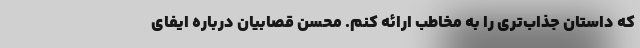
که داستان جذاب‌تری را به مخاطب ارائه کنم. محسن قصابیان درباره ایفای